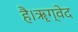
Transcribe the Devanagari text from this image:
है।ॠग्वेद